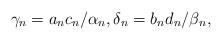
LaTeX: \begin{align*}\gamma _{n}=a_{n}c_{n}/\alpha _{n},\delta_{n}=b_{n}d_{n}/\beta _{n},\end{align*}